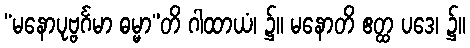
“မနောပုဗ္ဗင်္ဂမာ ဓမ္မာ”တိ ဂါထာယံ၊ ၌။ မနောတိ ဧတ္ထ ပဒေ၊ ၌။